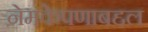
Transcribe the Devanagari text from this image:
नेमकेपणाबद्दल